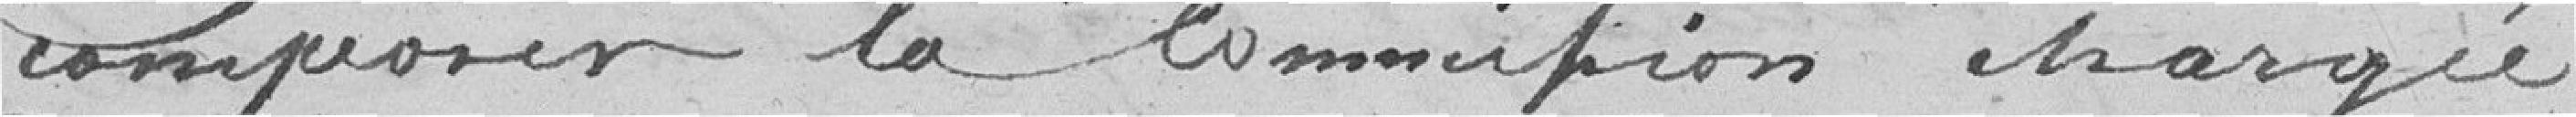
composer la commission chargée